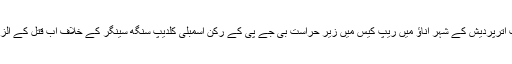
انڈیا کی سب سے بڑی ریاست اترپردیش کے شہر اناؤ میں ریپ کیس میں زیرِ حراست بی جے پی کے رکن اسمبلی کلدیپ سنگھ سینگر کے خلاف اب قتل کے الزامات بھی لگائے جا رہے ہیں۔